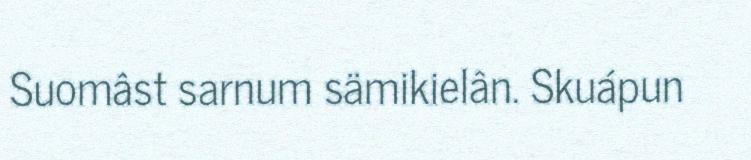
Suomâst sarnum sämikielân. Skuápun